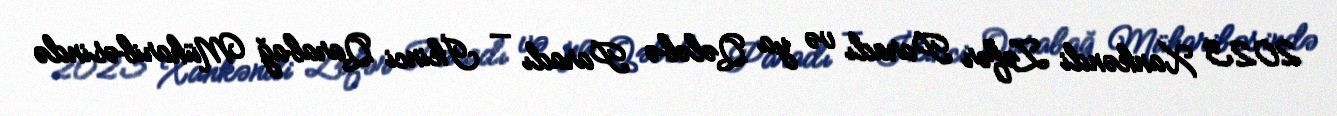
2023 Xankəndi Zəfər Paradı və ya Qələbə Paradı — İkinci Qarabağ Müharibəsində